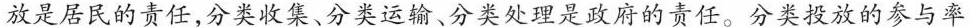
放是居民的责任，分类收集、分类运输、分类处理是政府的责任。分类投放的参与率